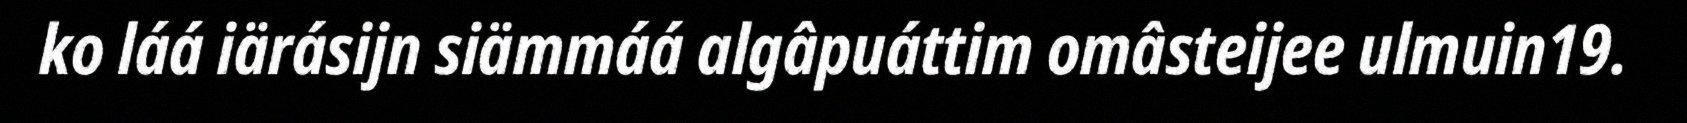
ko láá iärásijn siämmáá algâpuáttim omâsteijee ulmuin19.